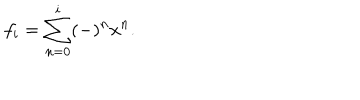
LaTeX: f _ { i } = \sum _ { n = 0 } ^ { i } ( - ) ^ { n } x ^ { n } .